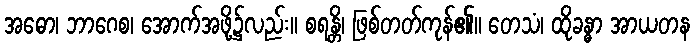
အဓော၊ ဘာဂေစ၊ အောက်အဖို့၌လည်း။ စရန္တိ၊ ဖြစ်တတ်ကုန်၏။ တေသံ၊ ထိုခန္ဓာ အာယတန